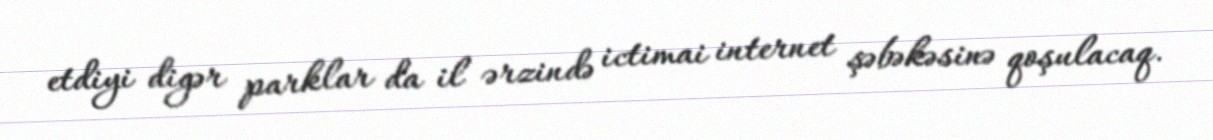
etdiyi digər parklar da il ərzində ictimai internet şəbəkəsinə qoşulacaq.